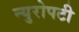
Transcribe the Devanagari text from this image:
न्युरोपटी